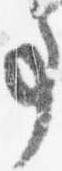
事